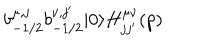
b _ { - 1 / 2 } ^ { \mu , j } b _ { - 1 / 2 } ^ { \nu , j ^ { \prime } } | 0 \rangle H _ { j j ^ { \prime } } ^ { \mu \nu } ( p )